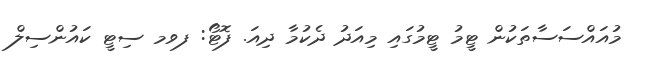
މުއައްސަސާތަކުން ޓީމު ޓީމުގައި މިއަދު ދެކުމާ ދިއަ. ފޮޓޯ: ފވމ ސިޓީ ކައުންސިލް